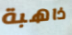
ذاهبة